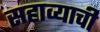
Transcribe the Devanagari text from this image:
सहाव्याची